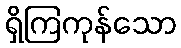
ရှိကြကုန်သော